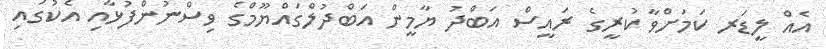
އެއް ލީޑަރ ކަމަށްވާ ކުރީގެ ރައީސް އަބްދު ޔާމީން އަބްދުލްގައްޔޫމްގެ ވިސްނުންފުޅާއި އެކުގައި